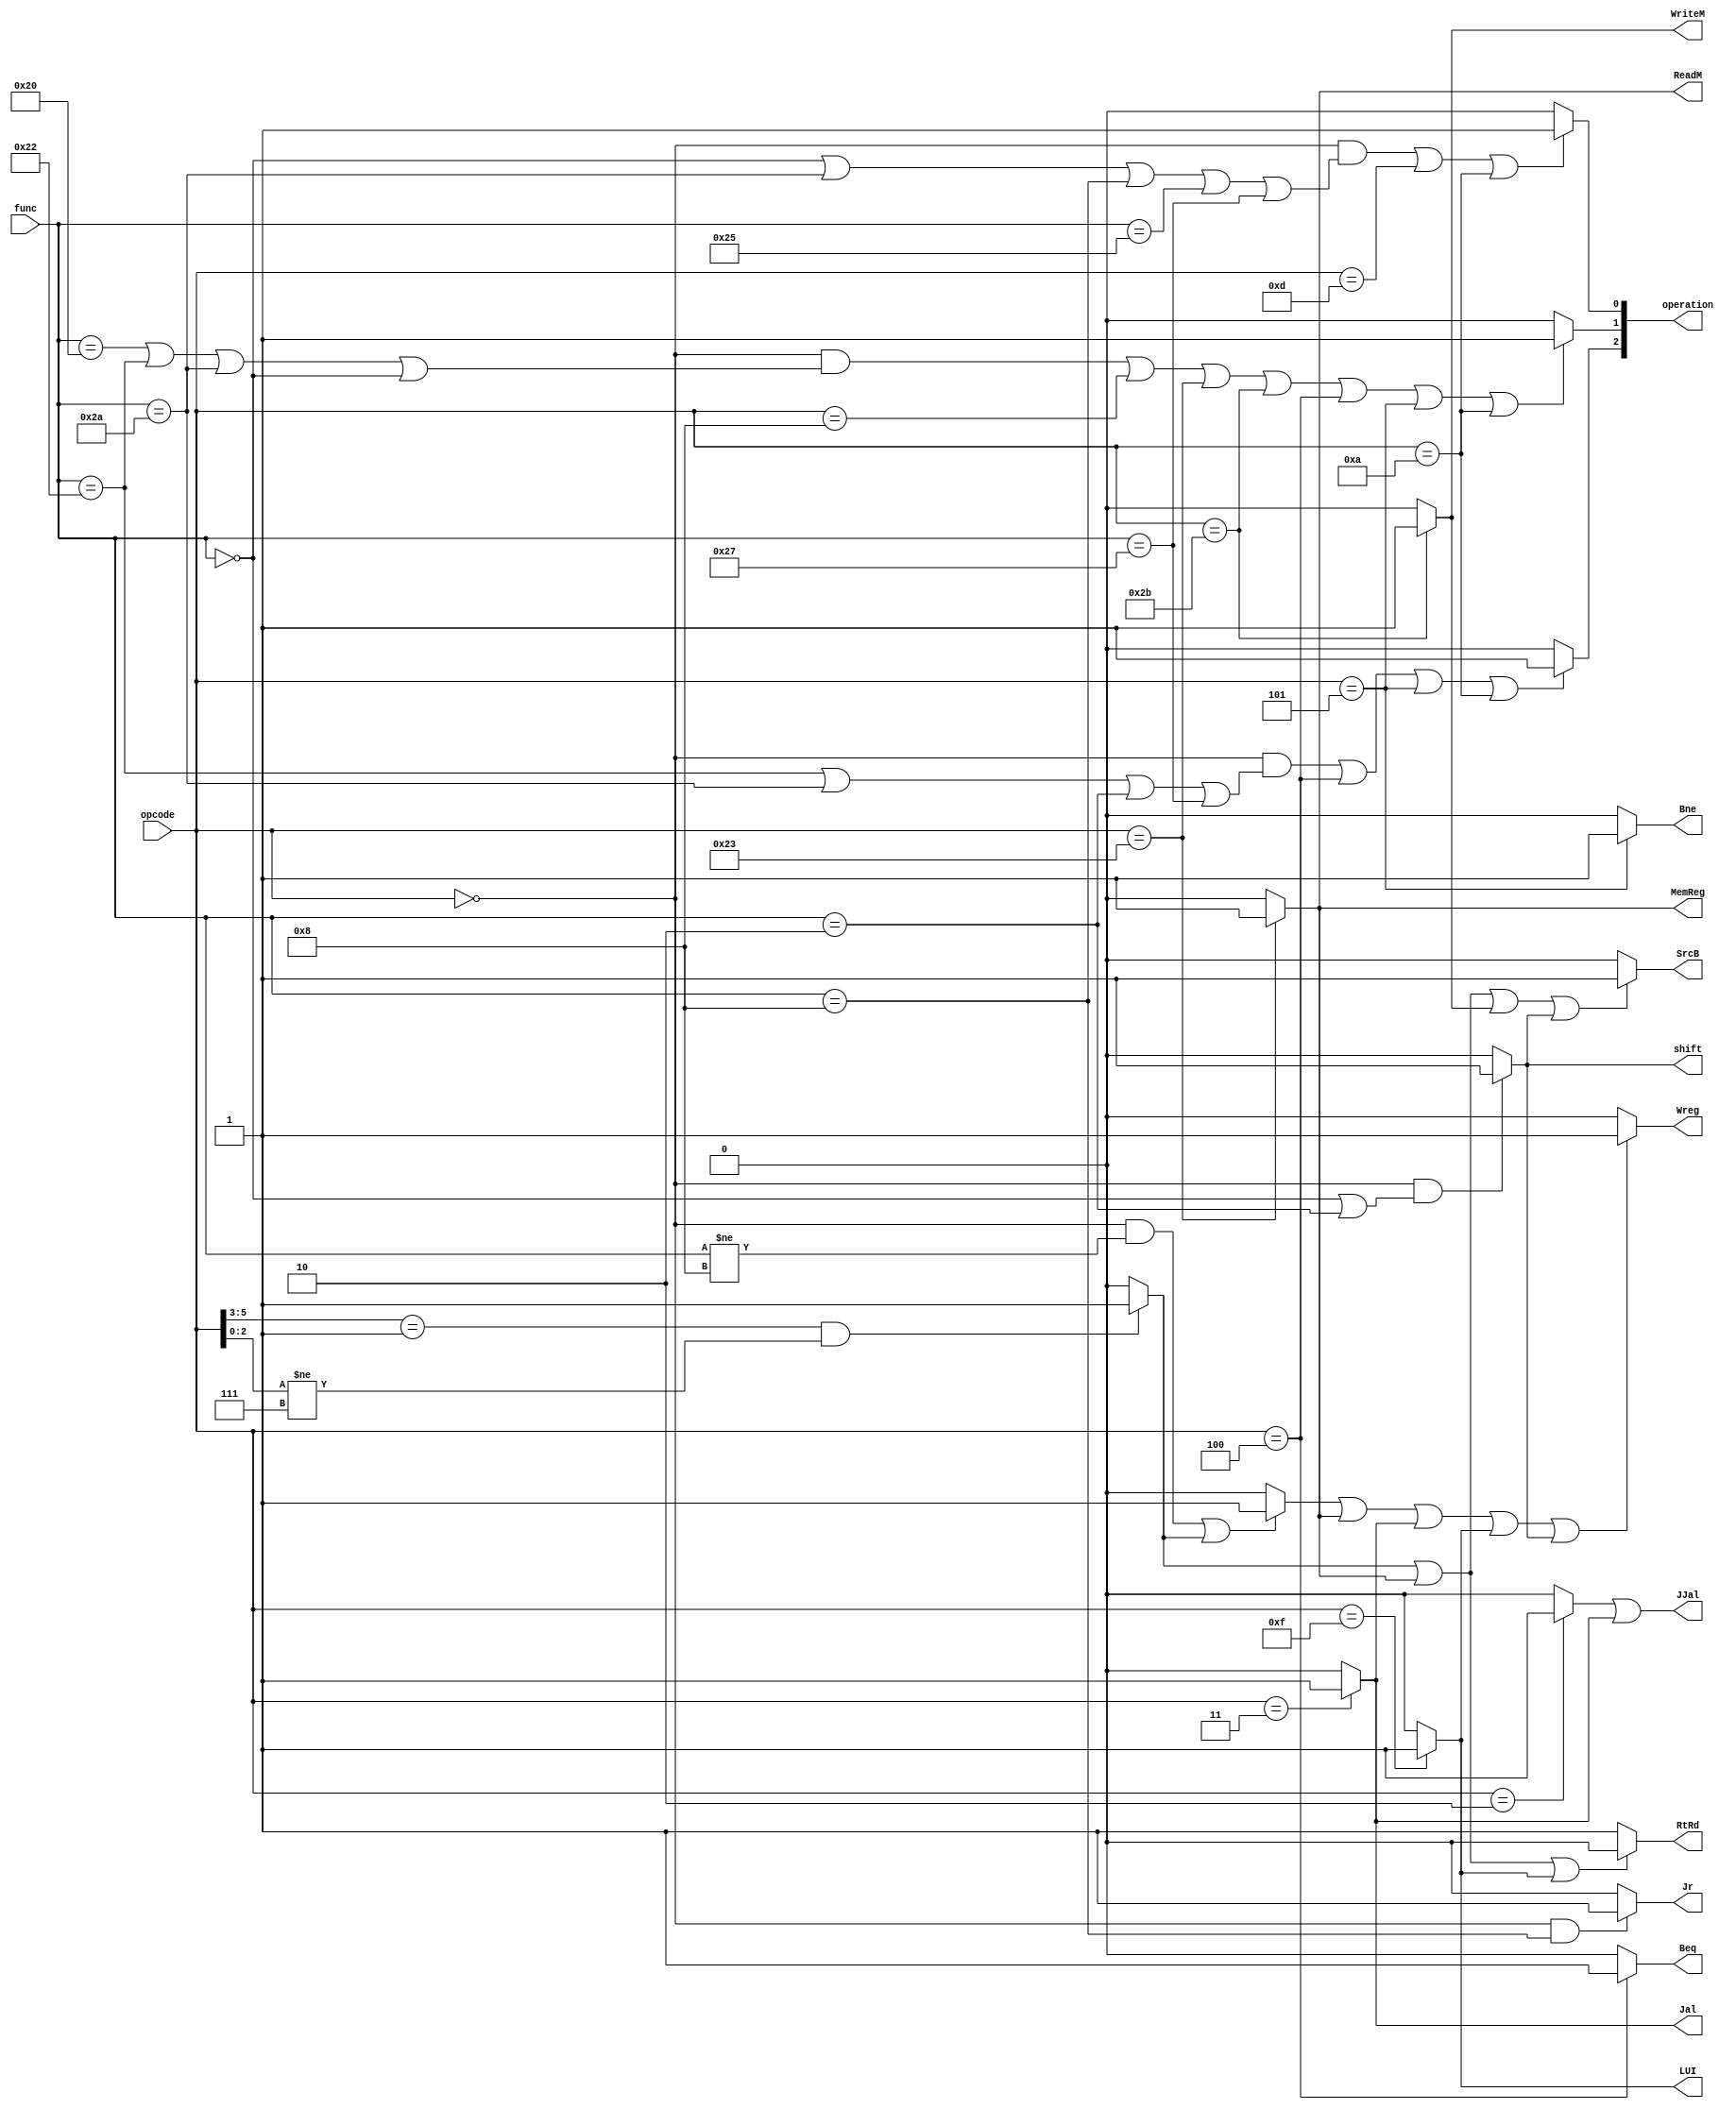
`timescale 1ns / 1ps
//////////////////////////////////////////////////////////////////////////////////
// Company: 
// Engineer: 
// 
// Design Name: 
// Module Name:    FirstDecoder 
// Project Name: 
// Target Devices: 
// Tool versions: 
// Description: 
//
// Dependencies: 
//
// Revision: 
// Revision 0.01 - File Created
// Additional Comments: 
//
//////////////////////////////////////////////////////////////////////////////////
module FirstDecoder(
input [5:0]opcode,
input [5:0]func,
output [2:0]operation,
output LUI,
output Jr,
output Wreg,
output SrcB,
output ReadM,
output MemReg,
output WriteM,
output Beq,
output Bne,
output JJal,
output Jal,
output RtRd,
output shift
 );
 
wire ALU;
wire ALURI;
wire LW;
wire SW;
wire BEQ;
wire BNE;
wire J;

assign ALURI=(opcode[5:3]==1&&opcode[2:0]!=7)?1:0;
assign ALU=((opcode==0&&func!=8)||ALURI==1)?1:0;
assign LW=(opcode==6'b100011)?1:0;
assign SW=(opcode==6'b101011)?1:0;
assign BEQ=(opcode==6'b000100)?1:0;
assign BNE=(opcode==6'b000101)?1:0;
assign J=(opcode==2)?1:0;
assign Jal=(opcode==3)?1:0;
assign LUI=(opcode==15)?1:0;
assign Jr=(opcode==0&&func==8)?1:0;

assign operation[0]=((opcode==0&&(func==0||func==6'b101010||func==8||func==6'b100101||func==6'b100111))||(opcode==13)||(opcode==10))?1:0;
assign operation[1]=((opcode==0&&(func==32||func==34||func==6'b101010||func==0))||(opcode==8)||(opcode==6'b100011)||(opcode==6'b101011)||(opcode==6'b000100)||(opcode==6'b000101)||(opcode==6'b001010))?1:0;
assign operation[2]=((opcode==0&&(func==34||func==6'b101010||func==2||func==6'b100111))||(opcode==6'b000100)||(opcode==6'b000101)||(opcode==6'b001010))?1:0;

assign shift=(opcode==0&&(func==0||func==2))?1:0;
assign Wreg=(ALU==1||LW==1||Jal==1||LUI==1||shift==1)?1:0;
assign SrcB=(ALURI==1||LW==1||SW==1||shift==1)?1:0;
assign ReadM=LW;
assign MemReg=LW;
assign WriteM=SW;
assign Beq=BEQ;
assign Bne=BNE;
assign JJal=J|Jal;
assign RtRd=(ALURI||LW||LUI)?0:1;

endmodule